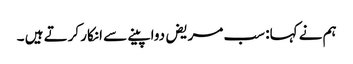
ہم نے کہا: سب مریض دوا پینے سے انکار کرتے ہیں ۔